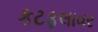
કટફલાવર